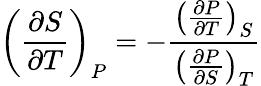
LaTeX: \left({\frac{\partial S}{\partial T}}\right)_{P}=-{\frac{\left({\frac{\partial P}{\partial T}}\right)_{S}}{\left({\frac{\partial P}{\partial S}}\right)_{T}}}